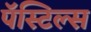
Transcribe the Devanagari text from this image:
पॅस्टिल्स